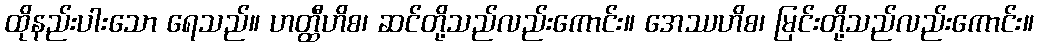
ထိုနည်းပါးသော ရေသည်။ ဟတ္ထီဟိစ၊ ဆင်တို့သည်လည်းကောင်း။ အေဿဟိစ၊ မြင်းတို့သည်လည်းကောင်း။